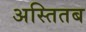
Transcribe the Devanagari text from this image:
अस्तितब